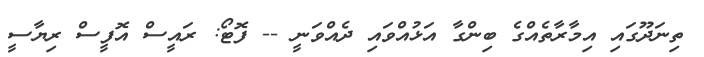
ތިނަދޫގައި އިމާރާތެއްގެ ބިންގާ އަޅުއްވައި ދެއްވަނީ -- ފޮޓޯ: ރައީސް އޮފީސް ރިޔާސީ